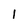
Character: 1